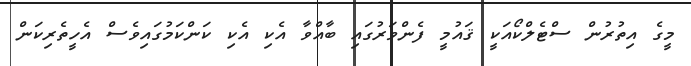
މީގެ އިތުރުން ސްޓެލްކޯއަކީ ޤައުމީ ފެންވަރުގައި ބާއްވާ އެކި އެކި ކަންކަމުގައިވެސް އެހީތެރިކަން